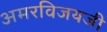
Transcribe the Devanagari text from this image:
अमरविजयजी